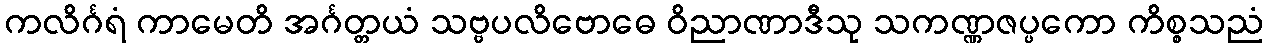
ကလိင်္ဂရံ ကာမေတိ အင်္ဂတ္တယံ သဗ္ဗပလိဗောဓေ ဝိညာဏာဒီသု သကဏ္ဏဇပ္ပကော ကိစ္စသညံ